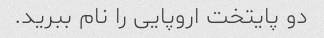
دو پایتخت اروپایی را نام ببرید.